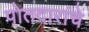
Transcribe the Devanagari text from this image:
पोतदारांचे